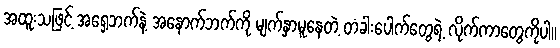
အထူးသဖြင့် အရှေ့ဘက်နဲ့ အနောက်ဘက်ကို မျက်နှာမူနေတဲ့ တံခါးပေါက်တွေရဲ့ လိုက်ကာတွေကိုပါ။